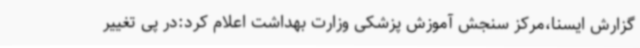
گزارش ایسنا،مرکز سنجش آموزش پزشکی وزارت بهداشت اعلام کرد:در پی تغییر